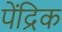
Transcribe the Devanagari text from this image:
पेंद्रिक